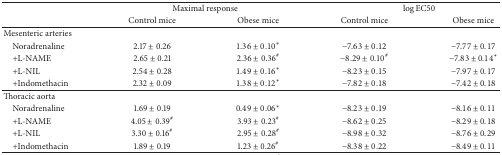
<table><thead><tr><td><b> </b></td><td colspan="2"><b>Maximal response</b></td><td colspan="2"><b>log EC50</b></td></tr><tr><td><b> </b></td><td><b>Control mice</b></td><td><b>Obese mice</b></td><td><b>Control mice</b></td><td><b>Obese mice</b></td></tr></thead><tbody><tr><td>Mesenteric arteries</td><td> </td><td> </td><td> </td><td> </td></tr><tr><td> Noradrenaline</td><td>2.17 ± 0.26</td><td>1.36 ± 0.10<sup><i>∗</i></sup></td><td>−7.63 ± 0.12</td><td>−7.77 ± 0.17</td></tr><tr><td> +L-NAME</td><td>2.65 ± 0.21</td><td>2.36 ± 0.36<sup>#</sup></td><td>−8.29 ± 0.10<sup>#</sup></td><td>−7.83 ± 0.14<sup><i>∗</i></sup></td></tr><tr><td> +L-NIL</td><td>2.54 ± 0.28</td><td>1.49 ± 0.16<sup><i>∗</i></sup></td><td>−8.23 ± 0.15</td><td>−7.97 ± 0.17</td></tr><tr><td> +Indomethacin</td><td>2.32 ± 0.09</td><td>1.38 ± 0.12<sup><i>∗</i></sup></td><td>−7.82 ± 0.18</td><td>−7.42 ± 0.18</td></tr><tr><td>Thoracic aorta</td><td> </td><td> </td><td> </td><td> </td></tr><tr><td> Noradrenaline</td><td>1.69 ± 0.19</td><td>0.49 ± 0.06<sup><i>∗</i></sup></td><td>−8.23 ± 0.19</td><td>−8.16 ± 0.11</td></tr><tr><td> +L-NAME</td><td>4.05 ± 0.39<sup>#</sup></td><td>3.93 ± 0.23<sup>#</sup></td><td>−8.62 ± 0.25</td><td>−8.29 ± 0.18</td></tr><tr><td> +L-NIL</td><td>3.30 ± 0.16<sup>#</sup></td><td>2.95 ± 0.28<sup>#</sup></td><td>−8.98 ± 0.32</td><td>−8.76 ± 0.29</td></tr><tr><td> +Indomethacin</td><td>1.89 ± 0.19</td><td>1.23 ± 0.26<sup>#</sup></td><td>−8.38 ± 0.22</td><td>−8.49 ± 0.11</td></tr></tbody></table>